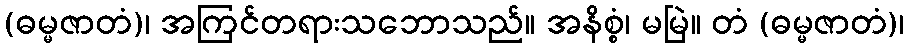
(ဓမ္မဇာတံ)၊ အကြင်တရားသဘောသည်။ အနိစ္စံ၊ မမြဲ။ တံ (ဓမ္မဇာတံ)၊